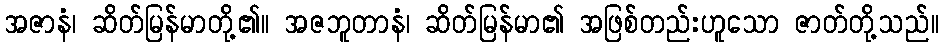
အဇာနံ၊ ဆိတ်မြန်မာတို့၏။ အဇဘူတာနံ၊ ဆိတ်မြန်မာ၏ အဖြစ်တည်းဟူသော ဇာတ်တို့သည်။